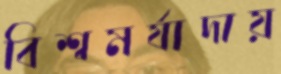
বিশ্বমর্যাদায়